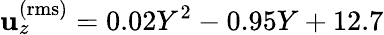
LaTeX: \mathbf{u}_{z}^{\mathrm{{(rms)}}}=0.02Y^{2}-0.95Y+12.7